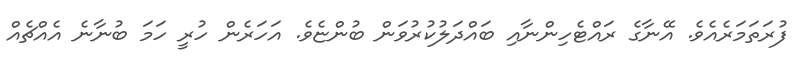
ފުރަތަމަރެއެވެ. އޭނާގެ ރައްޓެހިންނާއި ބައްދަލުކުރުވަން ބުންޏެވެ. އަހަރެން ހުރީ ހަމަ ބުނާނެ އެއްޗެއް